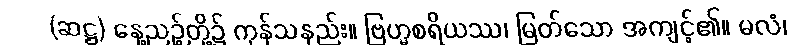
(ဆဋ္ဌ) နေ့ညဉ့်တို့၌ ကုန်သနည်း။ ဗြဟ္မစရိယဿ၊ မြတ်သော အကျင့်၏။ မလံ၊